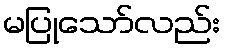
မပြုသော်လည်း